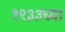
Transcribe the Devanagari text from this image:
१९३३च्या